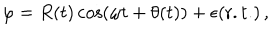
LaTeX: \varphi = R ( t ) \cos ( \omega t + \theta ( t ) ) + \epsilon ( \mathrm { r . t . } ) \, ,